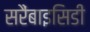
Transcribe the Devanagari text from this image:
सरैंबाइसिडी